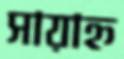
সায়াহ্ন